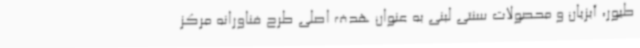
طیور، آبزیان و محصولات سنتی لبنی به عنوان هدف اصلی طرح فناورانه مرکز